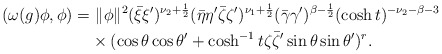
\begin{align*}(\omega(g)\phi,\phi)=&~\|\phi\|^2 (\bar{\xi}\xi')^{\nu_2+\frac{1}{2}}(\bar{\eta}\eta'\bar{\zeta}\zeta')^{\nu_1+\frac{1}{2}}(\bar{\gamma}\gamma')^{\beta-\frac{1}{2}}(\cosh t)^{-\nu_2-\beta-3} \\&\times ( \cos \theta \cos \theta' +\cosh^{-1}t \zeta\bar{\zeta}'\sin \theta \sin \theta')^r. \end{align*}